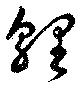
貍